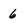
Character: 6